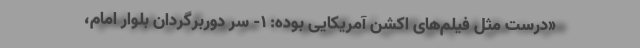
«درست مثل فیلم‌های اکشن آمریکایی بوده: ۱- سرِ دوربرگردان بلوار امام،